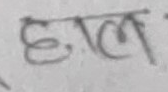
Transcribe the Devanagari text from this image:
हाल